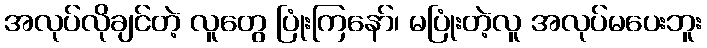
အလုပ်လိုချင်တဲ့ လူတွေ ပြုံးကြနော်၊ မပြုံးတဲ့လူ အလုပ်မပေးဘူး